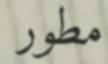
مطور